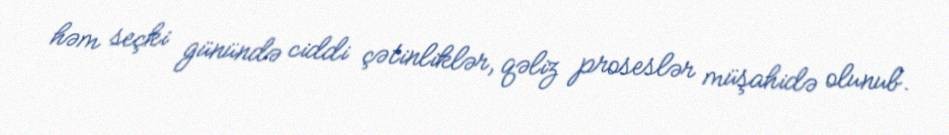
həm seçki günündə ciddi çətinliklər, qəliz proseslər müşahidə olunub.